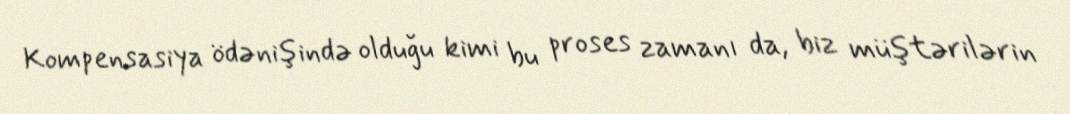
Kompensasiya ödənişində olduğu kimi bu proses zamanı da, biz müştərilərin